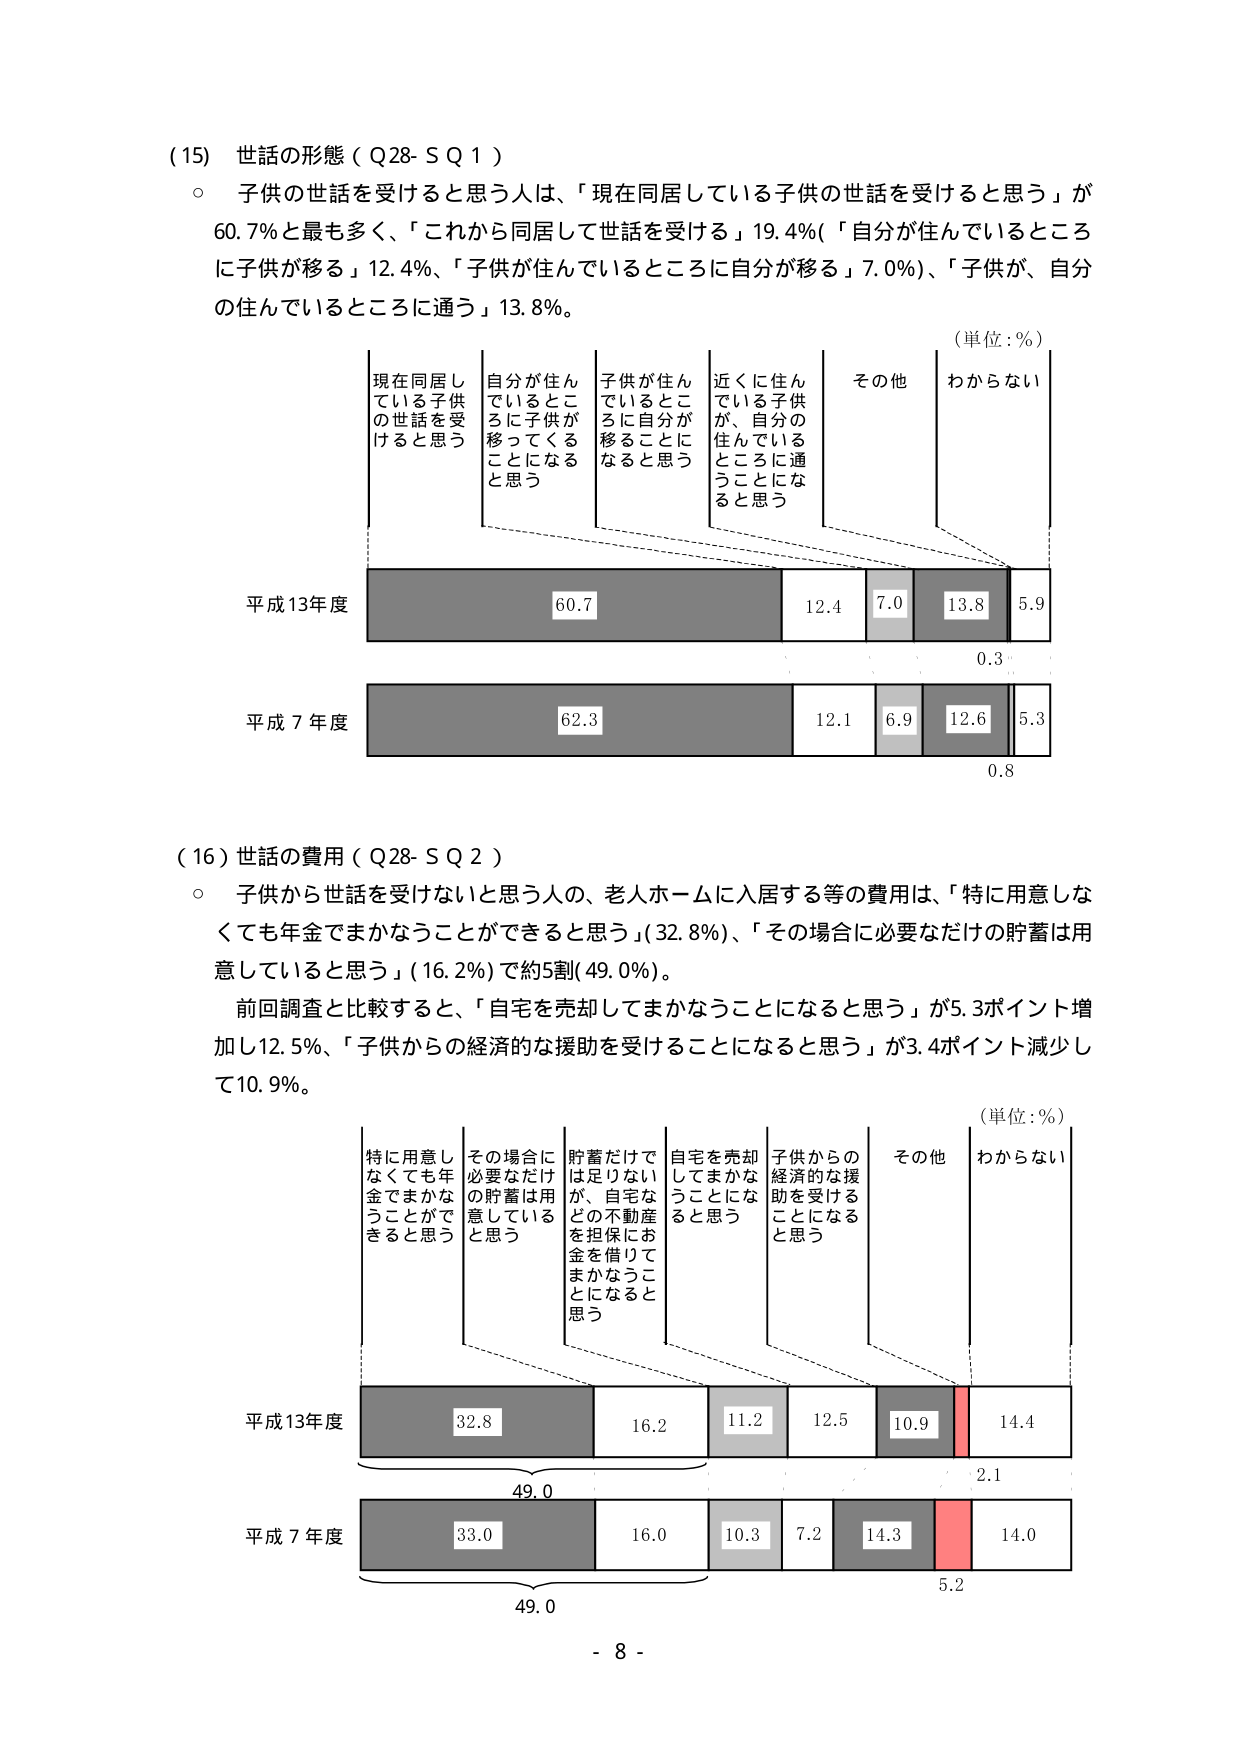
(15) 世話の形態（Q28- S Q 1）
○ 子供の世話を受けると思う人は、「現在同居している子供の世話を受けると思う」が60.7％と最も多く、「これから同居して世話を受ける」19.4％（「自分が住んでいるところに子供が移る」12.4％、「子供が住んでいるところに自分が移る」7.0％）、「子供が、自分の住んでいるところに通う」13.8％。

（単位：％）
現在同居している子供の世話を受けると思う
自分が住んでいるところに子供が移ってくることになると思う
子供が住んでいるところに自分が移ることになると思う
近くに住んでいる子供が、自分の住んでいるところに通うことになると思う
その他
わからない

平成13年度
60.7
12.4
7.0
13.8
5.9
0.3

平成7年度
62.3
12.1
6.9
12.6
5.3
0.8

(16) 世話の費用（Q28- S Q 2）
○ 子供から世話を受けないと思う人の、老人ホームに入居する等の費用は、「特に用意しなくても年金でまかなうことができると思う」（32.8％）、「その場合に必要なだけの貯蓄は用意していると思う」（16.2％）で約5割（49.0％）。
前回調査と比較すると、「自宅を売却してまかなうことになると思う」が5.3ポイント増加し12.5％、「子供からの経済的な援助を受けることになると思う」が3.4ポイント減少して10.9％。

（単位：％）
特に用意しなくても年金でまかなうことができると思う
その場合に必要なだけの貯蓄は用意していると思う
貯蓄だけでは足りないが、自宅などの不動産を担保にお金を借りてまかなうことになると思う
自宅を売却してまかなうことになると思う
子供からの経済的な援助を受けることになると思う
その他
わからない

平成13年度
32.8
16.2
11.2
12.5
10.9
14.4
2.1

平成7年度
33.0
16.0
10.3
7.2
14.3
14.0
5.2

49.0
49.0

- 8 -